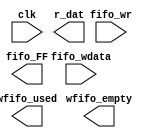
//Legal Notice: (C)2019 Altera Corporation. All rights reserved.  Your
//use of Altera Corporation's design tools, logic functions and other
//software and tools, and its AMPP partner logic functions, and any
//output files any of the foregoing (including device programming or
//simulation files), and any associated documentation or information are
//expressly subject to the terms and conditions of the Altera Program
//License Subscription Agreement or other applicable license agreement,
//including, without limitation, that your use is for the sole purpose
//of programming logic devices manufactured by Altera and sold by Altera
//or its authorized distributors.  Please refer to the applicable
//agreement for further details.

// synthesis translate_off
`timescale 1ns / 1ps
// synthesis translate_on

// turn off superfluous verilog processor warnings 
// altera message_level Level1 
// altera message_off 10034 10035 10036 10037 10230 10240 10030 

module Computer_System_JTAG_UART_sim_scfifo_w (
                                                // inputs:
                                                 clk,
                                                 fifo_wdata,
                                                 fifo_wr,

                                                // outputs:
                                                 fifo_FF,
                                                 r_dat,
                                                 wfifo_empty,
                                                 wfifo_used
                                              )
;

  output           fifo_FF;
  output  [  7: 0] r_dat;
  output           wfifo_empty;
  output  [  5: 0] wfifo_used;
  input            clk;
  input   [  7: 0] fifo_wdata;
  input            fifo_wr;


wire             fifo_FF;
wire    [  7: 0] r_dat;
wire             wfifo_empty;
wire    [  5: 0] wfifo_used;

//synthesis translate_off
//////////////// SIMULATION-ONLY CONTENTS
  always @(posedge clk)
    begin
      if (fifo_wr)
          $write("%c", fifo_wdata);
    end


  assign wfifo_used = {6{1'b0}};
  assign r_dat = {8{1'b0}};
  assign fifo_FF = 1'b0;
  assign wfifo_empty = 1'b1;

//////////////// END SIMULATION-ONLY CONTENTS

//synthesis translate_on

endmodule


// synthesis translate_off
`timescale 1ns / 1ps
// synthesis translate_on

// turn off superfluous verilog processor warnings 
// altera message_level Level1 
// altera message_off 10034 10035 10036 10037 10230 10240 10030 

module Computer_System_JTAG_UART_scfifo_w (
                                            // inputs:
                                             clk,
                                             fifo_clear,
                                             fifo_wdata,
                                             fifo_wr,
                                             rd_wfifo,

                                            // outputs:
                                             fifo_FF,
                                             r_dat,
                                             wfifo_empty,
                                             wfifo_used
                                          )
;

  output           fifo_FF;
  output  [  7: 0] r_dat;
  output           wfifo_empty;
  output  [  5: 0] wfifo_used;
  input            clk;
  input            fifo_clear;
  input   [  7: 0] fifo_wdata;
  input            fifo_wr;
  input            rd_wfifo;


wire             fifo_FF;
wire    [  7: 0] r_dat;
wire             wfifo_empty;
wire    [  5: 0] wfifo_used;

//synthesis translate_off
//////////////// SIMULATION-ONLY CONTENTS
  Computer_System_JTAG_UART_sim_scfifo_w the_Computer_System_JTAG_UART_sim_scfifo_w
    (
      .clk         (clk),
      .fifo_FF     (fifo_FF),
      .fifo_wdata  (fifo_wdata),
      .fifo_wr     (fifo_wr),
      .r_dat       (r_dat),
      .wfifo_empty (wfifo_empty),
      .wfifo_used  (wfifo_used)
    );


//////////////// END SIMULATION-ONLY CONTENTS

//synthesis translate_on
//synthesis read_comments_as_HDL on
//  scfifo wfifo
//    (
//      .aclr (fifo_clear),
//      .clock (clk),
//      .data (fifo_wdata),
//      .empty (wfifo_empty),
//      .full (fifo_FF),
//      .q (r_dat),
//      .rdreq (rd_wfifo),
//      .usedw (wfifo_used),
//      .wrreq (fifo_wr)
//    );
//
//  defparam wfifo.lpm_hint = "RAM_BLOCK_TYPE=AUTO",
//           wfifo.lpm_numwords = 64,
//           wfifo.lpm_showahead = "OFF",
//           wfifo.lpm_type = "scfifo",
//           wfifo.lpm_width = 8,
//           wfifo.lpm_widthu = 6,
//           wfifo.overflow_checking = "OFF",
//           wfifo.underflow_checking = "OFF",
//           wfifo.use_eab = "ON";
//
//synthesis read_comments_as_HDL off

endmodule


// synthesis translate_off
`timescale 1ns / 1ps
// synthesis translate_on

// turn off superfluous verilog processor warnings 
// altera message_level Level1 
// altera message_off 10034 10035 10036 10037 10230 10240 10030 

module Computer_System_JTAG_UART_sim_scfifo_r (
                                                // inputs:
                                                 clk,
                                                 fifo_rd,
                                                 rst_n,

                                                // outputs:
                                                 fifo_EF,
                                                 fifo_rdata,
                                                 rfifo_full,
                                                 rfifo_used
                                              )
;

  output           fifo_EF;
  output  [  7: 0] fifo_rdata;
  output           rfifo_full;
  output  [  5: 0] rfifo_used;
  input            clk;
  input            fifo_rd;
  input            rst_n;


reg     [ 31: 0] bytes_left;
wire             fifo_EF;
reg              fifo_rd_d;
wire    [  7: 0] fifo_rdata;
wire             new_rom;
wire    [ 31: 0] num_bytes;
wire    [  6: 0] rfifo_entries;
wire             rfifo_full;
wire    [  5: 0] rfifo_used;

//synthesis translate_off
//////////////// SIMULATION-ONLY CONTENTS
  // Generate rfifo_entries for simulation
  always @(posedge clk or negedge rst_n)
    begin
      if (rst_n == 0)
        begin
          bytes_left <= 32'h0;
          fifo_rd_d <= 1'b0;
        end
      else 
        begin
          fifo_rd_d <= fifo_rd;
          // decrement on read
          if (fifo_rd_d)
              bytes_left <= bytes_left - 1'b1;
          // catch new contents
          if (new_rom)
              bytes_left <= num_bytes;
        end
    end


  assign fifo_EF = bytes_left == 32'b0;
  assign rfifo_full = bytes_left > 7'h40;
  assign rfifo_entries = (rfifo_full) ? 7'h40 : bytes_left;
  assign rfifo_used = rfifo_entries[5 : 0];
  assign new_rom = 1'b0;
  assign num_bytes = 32'b0;
  assign fifo_rdata = 8'b0;

//////////////// END SIMULATION-ONLY CONTENTS

//synthesis translate_on

endmodule


// synthesis translate_off
`timescale 1ns / 1ps
// synthesis translate_on

// turn off superfluous verilog processor warnings 
// altera message_level Level1 
// altera message_off 10034 10035 10036 10037 10230 10240 10030 

module Computer_System_JTAG_UART_scfifo_r (
                                            // inputs:
                                             clk,
                                             fifo_clear,
                                             fifo_rd,
                                             rst_n,
                                             t_dat,
                                             wr_rfifo,

                                            // outputs:
                                             fifo_EF,
                                             fifo_rdata,
                                             rfifo_full,
                                             rfifo_used
                                          )
;

  output           fifo_EF;
  output  [  7: 0] fifo_rdata;
  output           rfifo_full;
  output  [  5: 0] rfifo_used;
  input            clk;
  input            fifo_clear;
  input            fifo_rd;
  input            rst_n;
  input   [  7: 0] t_dat;
  input            wr_rfifo;


wire             fifo_EF;
wire    [  7: 0] fifo_rdata;
wire             rfifo_full;
wire    [  5: 0] rfifo_used;

//synthesis translate_off
//////////////// SIMULATION-ONLY CONTENTS
  Computer_System_JTAG_UART_sim_scfifo_r the_Computer_System_JTAG_UART_sim_scfifo_r
    (
      .clk        (clk),
      .fifo_EF    (fifo_EF),
      .fifo_rd    (fifo_rd),
      .fifo_rdata (fifo_rdata),
      .rfifo_full (rfifo_full),
      .rfifo_used (rfifo_used),
      .rst_n      (rst_n)
    );


//////////////// END SIMULATION-ONLY CONTENTS

//synthesis translate_on
//synthesis read_comments_as_HDL on
//  scfifo rfifo
//    (
//      .aclr (fifo_clear),
//      .clock (clk),
//      .data (t_dat),
//      .empty (fifo_EF),
//      .full (rfifo_full),
//      .q (fifo_rdata),
//      .rdreq (fifo_rd),
//      .usedw (rfifo_used),
//      .wrreq (wr_rfifo)
//    );
//
//  defparam rfifo.lpm_hint = "RAM_BLOCK_TYPE=AUTO",
//           rfifo.lpm_numwords = 64,
//           rfifo.lpm_showahead = "OFF",
//           rfifo.lpm_type = "scfifo",
//           rfifo.lpm_width = 8,
//           rfifo.lpm_widthu = 6,
//           rfifo.overflow_checking = "OFF",
//           rfifo.underflow_checking = "OFF",
//           rfifo.use_eab = "ON";
//
//synthesis read_comments_as_HDL off

endmodule


// synthesis translate_off
`timescale 1ns / 1ps
// synthesis translate_on

// turn off superfluous verilog processor warnings 
// altera message_level Level1 
// altera message_off 10034 10035 10036 10037 10230 10240 10030 

module Computer_System_JTAG_UART (
                                   // inputs:
                                    av_address,
                                    av_chipselect,
                                    av_read_n,
                                    av_write_n,
                                    av_writedata,
                                    clk,
                                    rst_n,

                                   // outputs:
                                    av_irq,
                                    av_readdata,
                                    av_waitrequest,
                                    dataavailable,
                                    readyfordata
                                 )
  /* synthesis ALTERA_ATTRIBUTE = "SUPPRESS_DA_RULE_INTERNAL=\"R101,C106,D101,D103\"" */ ;

  output           av_irq;
  output  [ 31: 0] av_readdata;
  output           av_waitrequest;
  output           dataavailable;
  output           readyfordata;
  input            av_address;
  input            av_chipselect;
  input            av_read_n;
  input            av_write_n;
  input   [ 31: 0] av_writedata;
  input            clk;
  input            rst_n;


reg              ac;
wire             activity;
wire             av_irq;
wire    [ 31: 0] av_readdata;
reg              av_waitrequest;
reg              dataavailable;
reg              fifo_AE;
reg              fifo_AF;
wire             fifo_EF;
wire             fifo_FF;
wire             fifo_clear;
wire             fifo_rd;
wire    [  7: 0] fifo_rdata;
wire    [  7: 0] fifo_wdata;
reg              fifo_wr;
reg              ien_AE;
reg              ien_AF;
wire             ipen_AE;
wire             ipen_AF;
reg              pause_irq;
wire    [  7: 0] r_dat;
wire             r_ena;
reg              r_val;
wire             rd_wfifo;
reg              read_0;
reg              readyfordata;
wire             rfifo_full;
wire    [  5: 0] rfifo_used;
reg              rvalid;
reg              sim_r_ena;
reg              sim_t_dat;
reg              sim_t_ena;
reg              sim_t_pause;
wire    [  7: 0] t_dat;
reg              t_dav;
wire             t_ena;
wire             t_pause;
wire             wfifo_empty;
wire    [  5: 0] wfifo_used;
reg              woverflow;
wire             wr_rfifo;
  //avalon_jtag_slave, which is an e_avalon_slave
  assign rd_wfifo = r_ena & ~wfifo_empty;
  assign wr_rfifo = t_ena & ~rfifo_full;
  assign fifo_clear = ~rst_n;
  Computer_System_JTAG_UART_scfifo_w the_Computer_System_JTAG_UART_scfifo_w
    (
      .clk         (clk),
      .fifo_FF     (fifo_FF),
      .fifo_clear  (fifo_clear),
      .fifo_wdata  (fifo_wdata),
      .fifo_wr     (fifo_wr),
      .r_dat       (r_dat),
      .rd_wfifo    (rd_wfifo),
      .wfifo_empty (wfifo_empty),
      .wfifo_used  (wfifo_used)
    );

  Computer_System_JTAG_UART_scfifo_r the_Computer_System_JTAG_UART_scfifo_r
    (
      .clk        (clk),
      .fifo_EF    (fifo_EF),
      .fifo_clear (fifo_clear),
      .fifo_rd    (fifo_rd),
      .fifo_rdata (fifo_rdata),
      .rfifo_full (rfifo_full),
      .rfifo_used (rfifo_used),
      .rst_n      (rst_n),
      .t_dat      (t_dat),
      .wr_rfifo   (wr_rfifo)
    );

  assign ipen_AE = ien_AE & fifo_AE;
  assign ipen_AF = ien_AF & (pause_irq | fifo_AF);
  assign av_irq = ipen_AE | ipen_AF;
  assign activity = t_pause | t_ena;
  always @(posedge clk or negedge rst_n)
    begin
      if (rst_n == 0)
          pause_irq <= 1'b0;
      else // only if fifo is not empty...
      if (t_pause & ~fifo_EF)
          pause_irq <= 1'b1;
      else if (read_0)
          pause_irq <= 1'b0;
    end


  always @(posedge clk or negedge rst_n)
    begin
      if (rst_n == 0)
        begin
          r_val <= 1'b0;
          t_dav <= 1'b1;
        end
      else 
        begin
          r_val <= r_ena & ~wfifo_empty;
          t_dav <= ~rfifo_full;
        end
    end


  always @(posedge clk or negedge rst_n)
    begin
      if (rst_n == 0)
        begin
          fifo_AE <= 1'b0;
          fifo_AF <= 1'b0;
          fifo_wr <= 1'b0;
          rvalid <= 1'b0;
          read_0 <= 1'b0;
          ien_AE <= 1'b0;
          ien_AF <= 1'b0;
          ac <= 1'b0;
          woverflow <= 1'b0;
          av_waitrequest <= 1'b1;
        end
      else 
        begin
          fifo_AE <= {fifo_FF,wfifo_used} <= 8;
          fifo_AF <= (7'h40 - {rfifo_full,rfifo_used}) <= 8;
          fifo_wr <= 1'b0;
          read_0 <= 1'b0;
          av_waitrequest <= ~(av_chipselect & (~av_write_n | ~av_read_n) & av_waitrequest);
          if (activity)
              ac <= 1'b1;
          // write
          if (av_chipselect & ~av_write_n & av_waitrequest)
              // addr 1 is control; addr 0 is data
              if (av_address)
                begin
                  ien_AF <= av_writedata[0];
                  ien_AE <= av_writedata[1];
                  if (av_writedata[10] & ~activity)
                      ac <= 1'b0;
                end
              else 
                begin
                  fifo_wr <= ~fifo_FF;
                  woverflow <= fifo_FF;
                end
          // read
          if (av_chipselect & ~av_read_n & av_waitrequest)
            begin
              // addr 1 is interrupt; addr 0 is data
              if (~av_address)
                  rvalid <= ~fifo_EF;
              read_0 <= ~av_address;
            end
        end
    end


  assign fifo_wdata = av_writedata[7 : 0];
  assign fifo_rd = (av_chipselect & ~av_read_n & av_waitrequest & ~av_address) ? ~fifo_EF : 1'b0;
  assign av_readdata = read_0 ? { {9{1'b0}},rfifo_full,rfifo_used,rvalid,woverflow,~fifo_FF,~fifo_EF,1'b0,ac,ipen_AE,ipen_AF,fifo_rdata } : { {9{1'b0}},(7'h40 - {fifo_FF,wfifo_used}),rvalid,woverflow,~fifo_FF,~fifo_EF,1'b0,ac,ipen_AE,ipen_AF,{6{1'b0}},ien_AE,ien_AF };
  always @(posedge clk or negedge rst_n)
    begin
      if (rst_n == 0)
          readyfordata <= 0;
      else 
        readyfordata <= ~fifo_FF;
    end



//synthesis translate_off
//////////////// SIMULATION-ONLY CONTENTS
  // Tie off Atlantic Interface signals not used for simulation
  always @(posedge clk)
    begin
      sim_t_pause <= 1'b0;
      sim_t_ena <= 1'b0;
      sim_t_dat <= t_dav ? r_dat : {8{r_val}};
      sim_r_ena <= 1'b0;
    end


  assign r_ena = sim_r_ena;
  assign t_ena = sim_t_ena;
  assign t_dat = sim_t_dat;
  assign t_pause = sim_t_pause;
  always @(fifo_EF)
    begin
      dataavailable = ~fifo_EF;
    end



//////////////// END SIMULATION-ONLY CONTENTS

//synthesis translate_on
//synthesis read_comments_as_HDL on
//  alt_jtag_atlantic Computer_System_JTAG_UART_alt_jtag_atlantic
//    (
//      .clk (clk),
//      .r_dat (r_dat),
//      .r_ena (r_ena),
//      .r_val (r_val),
//      .rst_n (rst_n),
//      .t_dat (t_dat),
//      .t_dav (t_dav),
//      .t_ena (t_ena),
//      .t_pause (t_pause)
//    );
//
//  defparam Computer_System_JTAG_UART_alt_jtag_atlantic.INSTANCE_ID = 0,
//           Computer_System_JTAG_UART_alt_jtag_atlantic.LOG2_RXFIFO_DEPTH = 6,
//           Computer_System_JTAG_UART_alt_jtag_atlantic.LOG2_TXFIFO_DEPTH = 6,
//           Computer_System_JTAG_UART_alt_jtag_atlantic.SLD_AUTO_INSTANCE_INDEX = "YES";
//
//  always @(posedge clk or negedge rst_n)
//    begin
//      if (rst_n == 0)
//          dataavailable <= 0;
//      else 
//        dataavailable <= ~fifo_EF;
//    end
//
//
//synthesis read_comments_as_HDL off

endmodule